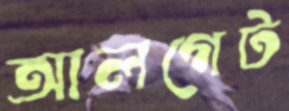
আলগেট